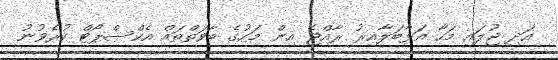
އަދި ޖުލައި މަހާ އަޅާބަލާއިރު ރާއްޖެ އިން މަހުގެ ބާވަތްތައް އެކްސްޕޯޓް ކުރެވުނު